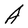
Character: A